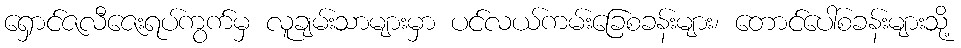
ရှောင်ဇလီဇေးရပ်ကွက်မှ လူချမ်းသာများမှာ ပင်လယ်ကမ်းခြေစခန်းများ၊ တောင်ပေါ်စခန်းများသို့